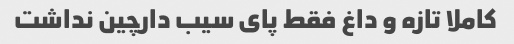
کاملا تازه و داغ فقط پای سیب دارچین نداشت